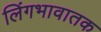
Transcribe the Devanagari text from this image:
लिंगभावातक